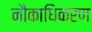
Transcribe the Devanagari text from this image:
नौकाधिकरण